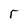
Character: r